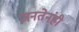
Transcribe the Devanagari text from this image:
जनतेनंही